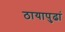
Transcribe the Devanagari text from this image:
ठायापुढां